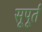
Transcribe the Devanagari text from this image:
सूपूर्त